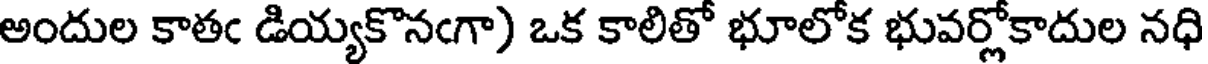
అందుల కాతఁ డియ్యకొనఁగా) ఒక కాలితో భూలోక భువర్లోకాదుల నధి